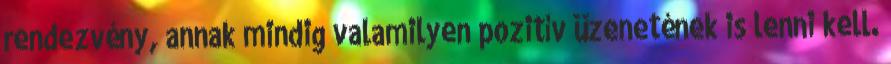
rendezvény, annak mindig valamilyen pozitív üzenetének is lenni kell.